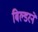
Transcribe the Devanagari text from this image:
बिल्डरने